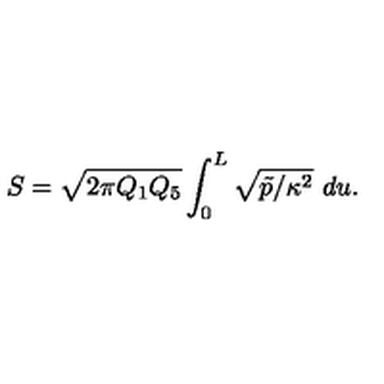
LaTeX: S = \sqrt { 2 \pi Q _ { 1 } Q _ { 5 } } \int _ { 0 } ^ { L } \sqrt { \tilde { p } / \kappa ^ { 2 } } \ d u .